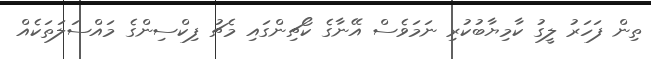
ތިން ފަހަރު ލީގު ކާމިޔާބުކުރި ނަމަވެސް އޭނާގެ ކޯޗިންގައި މެޗު ފިކްސިންގެ މައްސަލަތަކެއް